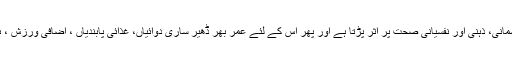
اس بیماری میں مبتلا ہونے کے بعد مریض کی زندگی کا ہر شعبہ متاثر ہوتا ہے، اس کی جسمانی، ذہنی اور نفسیانی صحت پر اثر پڑتا ہے اور پھر اس کے لئے عمر بھر ڈھیر ساری دوائیاں، غذائی پابندیاں ، اضافی ورزش ، بار بار ٹیسٹ کرنا ، بار بار ڈاکٹروں کے پاس حاضری دینا جیسے مسائل بوجھ بن جاتے ہیں۔